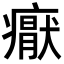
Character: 𭼩